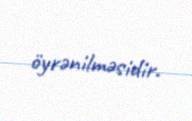
öyrənilməsidir.